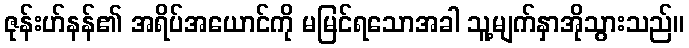
ဇုန်းဟ်နန်၏ အရိပ်အယောင်ကို မမြင်ရသောအခါ သူ့မျက်နှာအိုသွားသည်။